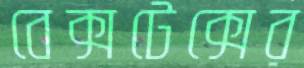
বেক্সটেক্সের